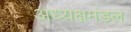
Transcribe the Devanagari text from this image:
अध्यक्षमंडल